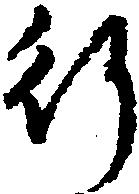
行